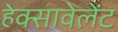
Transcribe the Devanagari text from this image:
हेक्सावेलेंट